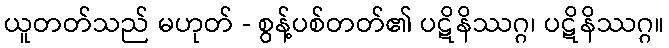
ယူတတ်သည် မဟုတ် - စွန့်ပစ်တတ်၏ ပဋိနိဿဂ္ဂ၊ ပဋိနိဿဂ္ဂ။